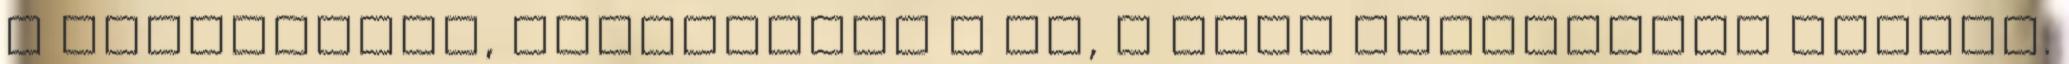
a félsötétet, megjelenik a Nő, a Vágy Titokzatos Tárgya.